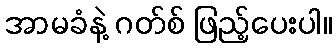
အာမခံနဲ့ ဂတ်စ် ဖြည့်ပေးပါ။